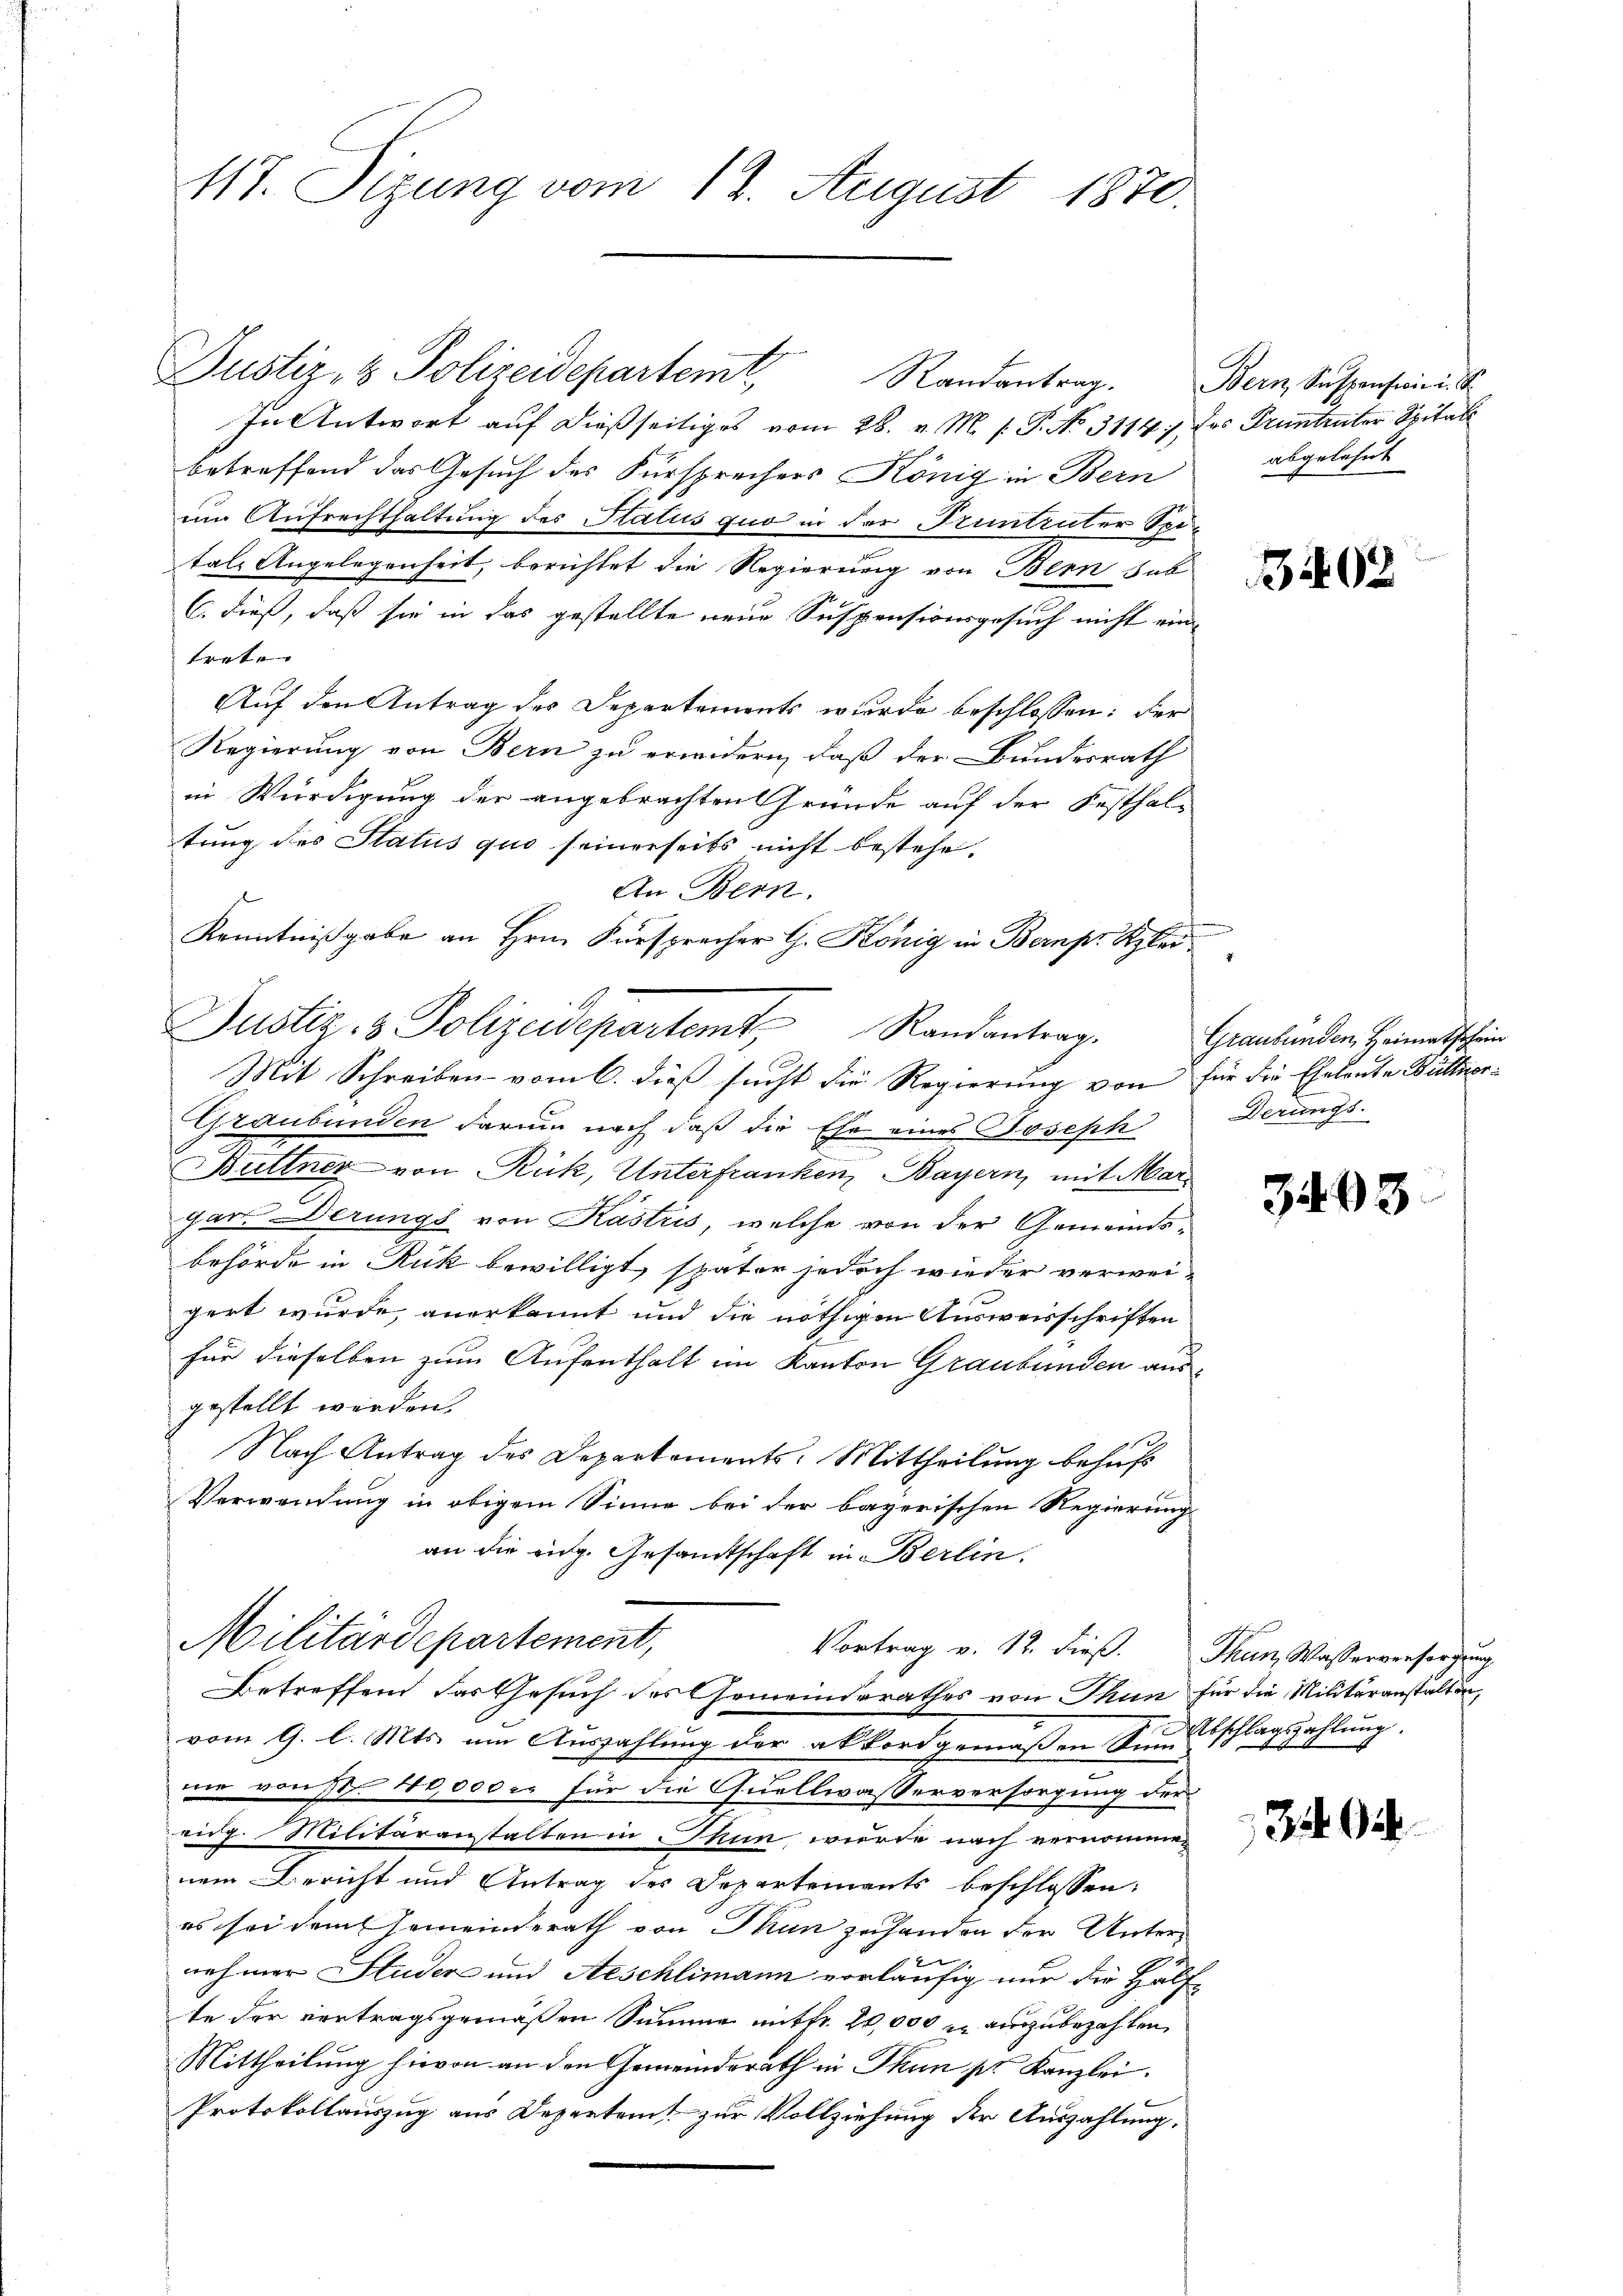
117. Sizung vom 12. August 1870.

Justiz- & Polizeidepartemt, Randantrag. Bern, Suspenseine S.
In Antwort auf dießseitiges vom 28. v. M. P.P. No. 3114, das Pruntreter Spital
betreffend das Gesuch des Fürsprechers König in Bern
um Aufrechthaltung des Status quo in der Pruntructur Spitale Angelegenheit, berichtet die Regierung von Bern hab
C. dieß, daß sie in das gestellte neue Suspensionsgesuch nicht ein
trete |
Auf den Antrag des Departements wurde beschlossen: der
Regierung von Bern zu erwidern, daß der Bundesrath
in Würdigung der angebrachten Gründe auf der Festhal-
tung des Status quo seinerseits nicht bestehe.
An Bern.
Kenntnißgabe an Hrn. Fürsprecher G. König in Bernpr Klei¬
Graubünden darum nach daß die Ehe eines Joseph
Büttner von Rük, Unterfranken, Bayern, mit Margar. Derungs von Kastris, welche von der Gemeindsbehörde in Ruk bewilligt, später jedoch wieder verwei-
gert wurde, anerkannt und die nöthigen Ausweisschriften
für dieselben zum Aufenthalt im Kanton Graubünden ausgestellt werden.
Nach Antrag des Departements-Mittheilung behuf
Verwendung in obigem Sinne bei der bayerischen Regierung
an die eidg. Gesandtschaft in Berlin.
Militärdepartement,
Vortrag v. 12. dieß. Thun, Wasserversorgung
Betreffend das Gesuch des Gemeinderathes von Thun für die Militäranstalten,
vom 9. l. Mts. um Auszahlung der akkordgemäßen Sinne Abschlagszahlung.
nie von 11. 40,000 es für die Quellwasserversorgung der
eidg. Militäranstalten in Thun, wurde nach vernommen
nem Bericht und Antrag des Departements beschlossen:
es sei dem Gemeinderath von Thun zuhanden der Unter-
nehmer Studer und Aeschlimann vorläufig nur die Hälfte der vertragsgemäßen Summe mitfr. 20,000 f auszubezahlen
Mittheilung hievon an den Gemeindsrath in Thun pr. Kanzlei.
Protokollauszug aus Deperten zur Vollziehung der Auszahlung.

Justiz & Polizeidepartemt, Randantrag.
Mit Schreiben vom 6. dieß sucht die Regierung von für die Eheleute Bültnor¬

abgelehnt

n

B402

Graubünden Heimatschein
Derungs

3403

3. 92.